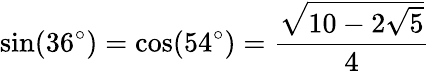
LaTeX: \sin(36^{\circ})=\cos(54^{\circ})={\frac{\sqrt{10-2{\sqrt{5}}}}{4}}